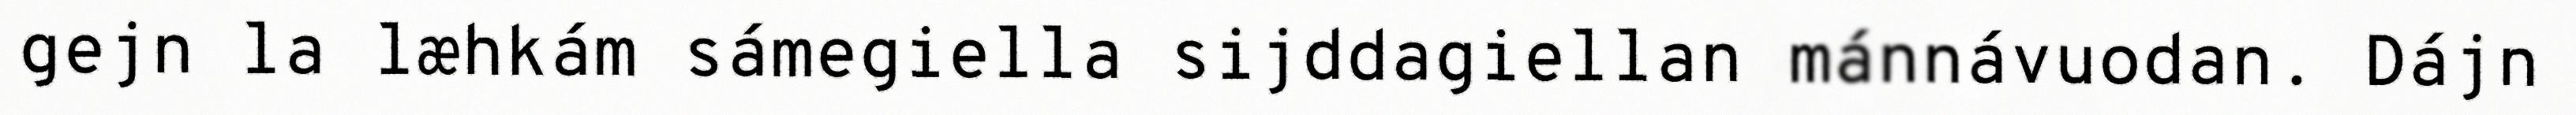
gejn la læhkám sámegiella sijddagiellan mánnávuodan. Dájn